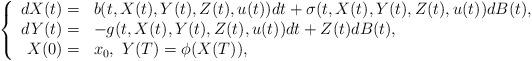
LaTeX: \begin{align*}\left\{\begin{array}[c]{rl}dX(t)= & b(t,X(t),Y(t),Z(t),u(t))dt+\sigma(t,X(t),Y(t),Z(t),u(t))dB(t),\\dY(t)= & -g(t,X(t),Y(t),Z(t),u(t))dt+Z(t)dB(t),\\X(0)= & x_{0},\ Y(T)=\phi(X(T)),\end{array}\right. \end{align*}